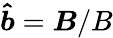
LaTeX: \boldsymbol{\hat{b}}=\boldsymbol{B}/B